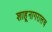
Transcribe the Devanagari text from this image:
शाहूनागरालच